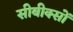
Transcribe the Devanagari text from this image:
सीबीक्सों